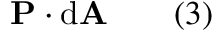
\mathbf { P } \cdot \mathrm { d } \mathbf { A } \qquad ( 3 )